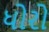
ધોરો